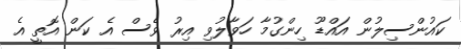
ކައުންސިލުން އައްޑޫ ހިންގުމާ ހަވާލުވި އިރު ވެސް އެ ކަން އޮތީ އެ